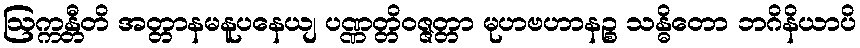
ဩက္ကန္တီတိ အတ္တာနမနူပနေယျ ပဏ္ဏတ္တိဝဇ္ဇတ္တာ မုဟဗဟာနဉ္စ သန္ဓိတော ဘဂိနိယာပိ